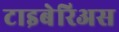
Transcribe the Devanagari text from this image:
टाइबेरिअस